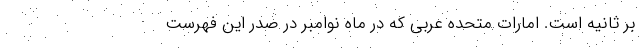
بر ثانیه است. امارات متحده عربی که در ماه نوامبر در صدر این فهرست